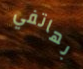
بهاتفي